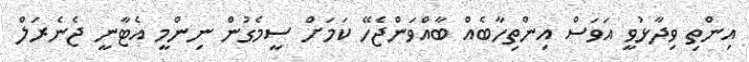
އިންތި ވިދާޅުވީ އަވަސް އިންތިހާބެއް ބާއްވަންޖެހޭ ކަމަށް ސީމެގުން ނިންމީ އެޓާނީ ޖެނެރަލް